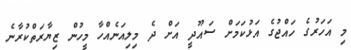
މި އަހަރުގެ ހައްޖުގެ އަޅުކަމަށް ސައޫދީ އަށް ދެ މިލިއަނެއްހާ މީހުން ޒިޔާރަތްކުރާނެ